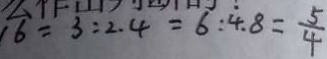
1 6 = 3 : 2 . 4 = 6 : 4 . 8 = \frac { 5 } { 4 }